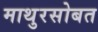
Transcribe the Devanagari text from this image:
माथुरसोबत